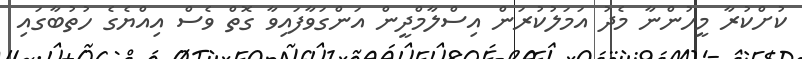
ކުށްކުރާ މީހުންނާ މެދު އަމަލުކުރަން އިސްލާމްދީން އަންގަވާފައިވާ ގޮތް ވެސް އިއްޔެގެ ހުތުބާގައި